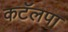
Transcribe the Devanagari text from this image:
कटॅलपा